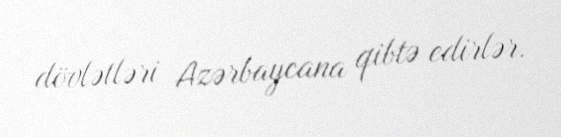
dövlətləri Azərbaycana qibtə edirlər.